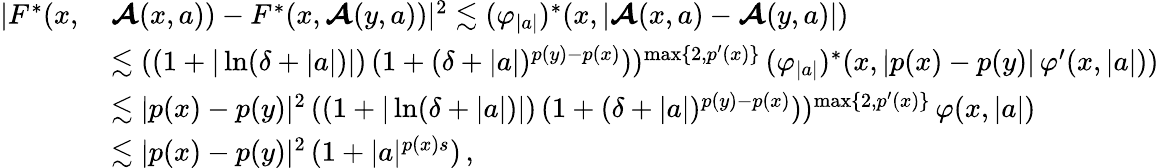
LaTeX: \begin{array}{rl}{\vert F^{*}(x,\, }&{\boldsymbol{\mathcal{A}}(x,a))-F^{*}(x,\boldsymbol{\mathcal{A}}(y,a))\vert^{2}\lesssim(\varphi_{\vert a\vert})^{*}(x,\vert\boldsymbol{\mathcal{A}}(x,a)-\boldsymbol{\mathcal{A}}(y,a)\vert)}\\ &{\lesssim((1+\vert\ln(\delta+\vert a\vert)\vert)\, (1+(\delta+\vert a\vert)^{p(y)-p(x)}))^{\operatorname*{max}\{ 2,p^{\prime}(x)\} }\, (\varphi_{\vert a\vert})^{*}(x,\vert p(x)-p(y)\vert\, \varphi^{\prime}(x,\vert a\vert))}\\ &{\lesssim\vert p(x)-p(y)\vert^{2}\, ((1+\vert\ln(\delta+\vert a\vert)\vert)\, (1+(\delta+\vert a\vert)^{p(y)-p(x)}))^{\operatorname*{max}\{ 2,p^{\prime}(x)\} }\, \varphi(x,\vert a\vert)}\\ &{\lesssim\vert p(x)-p(y)\vert^{2}\, (1+\vert a\vert^{p(x)s})\, ,}\end{array}